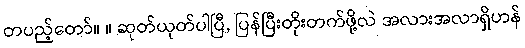
တပည့်တော်။ ။ ဆုတ်ယုတ်ပါပြီ, ပြန်ပြီးတိုးတက်ဖို့လဲ အလားအလာရှိဟန်